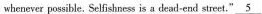
whenever possible. Selfishness is a dead-end street."\underline{5}